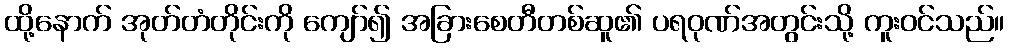
ထို့နောက် အုတ်တံတိုင်းကို ကျော်၍ အခြားစေတီတစ်ဆူ၏ ပရဝုဏ်အတွင်းသို့ ကူးဝင်သည်။